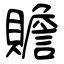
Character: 贍